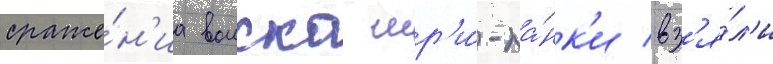
сраже́н'иа воиска шр'и́-ла́нк'и вз'я́л'и